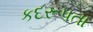
કદરૂપતા